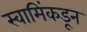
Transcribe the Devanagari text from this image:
स्वामिंकडून